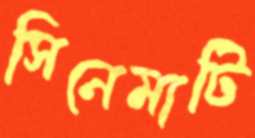
সিনেমাটি